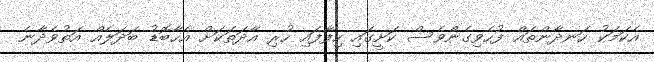
އެކަމަކު ހަނދާންތައް ފުހެވިގެންވެސް ކަށީގައި ހިފާފައި ހުރި އާދަތަކަށް އެހާބޮޑު ބަދަލެއް އަތުވެދާނެ